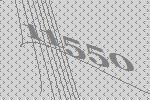
11550